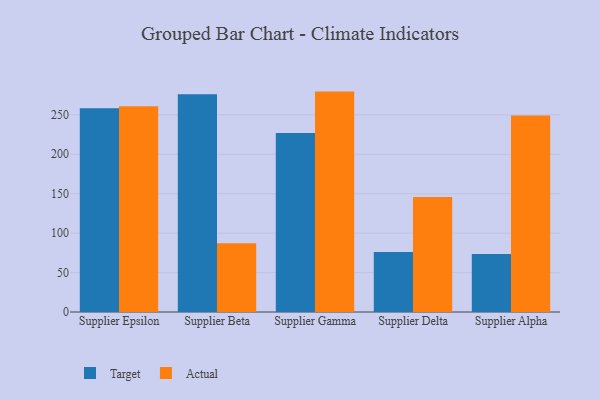
{"axis": {"x": "Supplier", "y": "Active Users"}, "legend": ["Actual", "Target"], "data": [{"x": "Supplier Epsilon", "y": 258.3, "type": "Target"}, {"x": "Supplier Epsilon", "y": 261.0, "type": "Actual"}, {"x": "Supplier Beta", "y": 276.0, "type": "Target"}, {"x": "Supplier Beta", "y": 87.1, "type": "Actual"}, {"x": "Supplier Gamma", "y": 227.1, "type": "Target"}, {"x": "Supplier Gamma", "y": 279.5, "type": "Actual"}, {"x": "Supplier Delta", "y": 76.2, "type": "Target"}, {"x": "Supplier Delta", "y": 145.9, "type": "Actual"}, {"x": "Supplier Alpha", "y": 73.7, "type": "Target"}, {"x": "Supplier Alpha", "y": 249.2, "type": "Actual"}]}